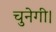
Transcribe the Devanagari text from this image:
चुनेगी।